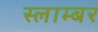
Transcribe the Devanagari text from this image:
स्लाम्बर